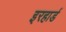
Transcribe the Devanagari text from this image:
इरहार्ड